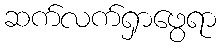
ဆက်လက်ရှာဖွေရာ